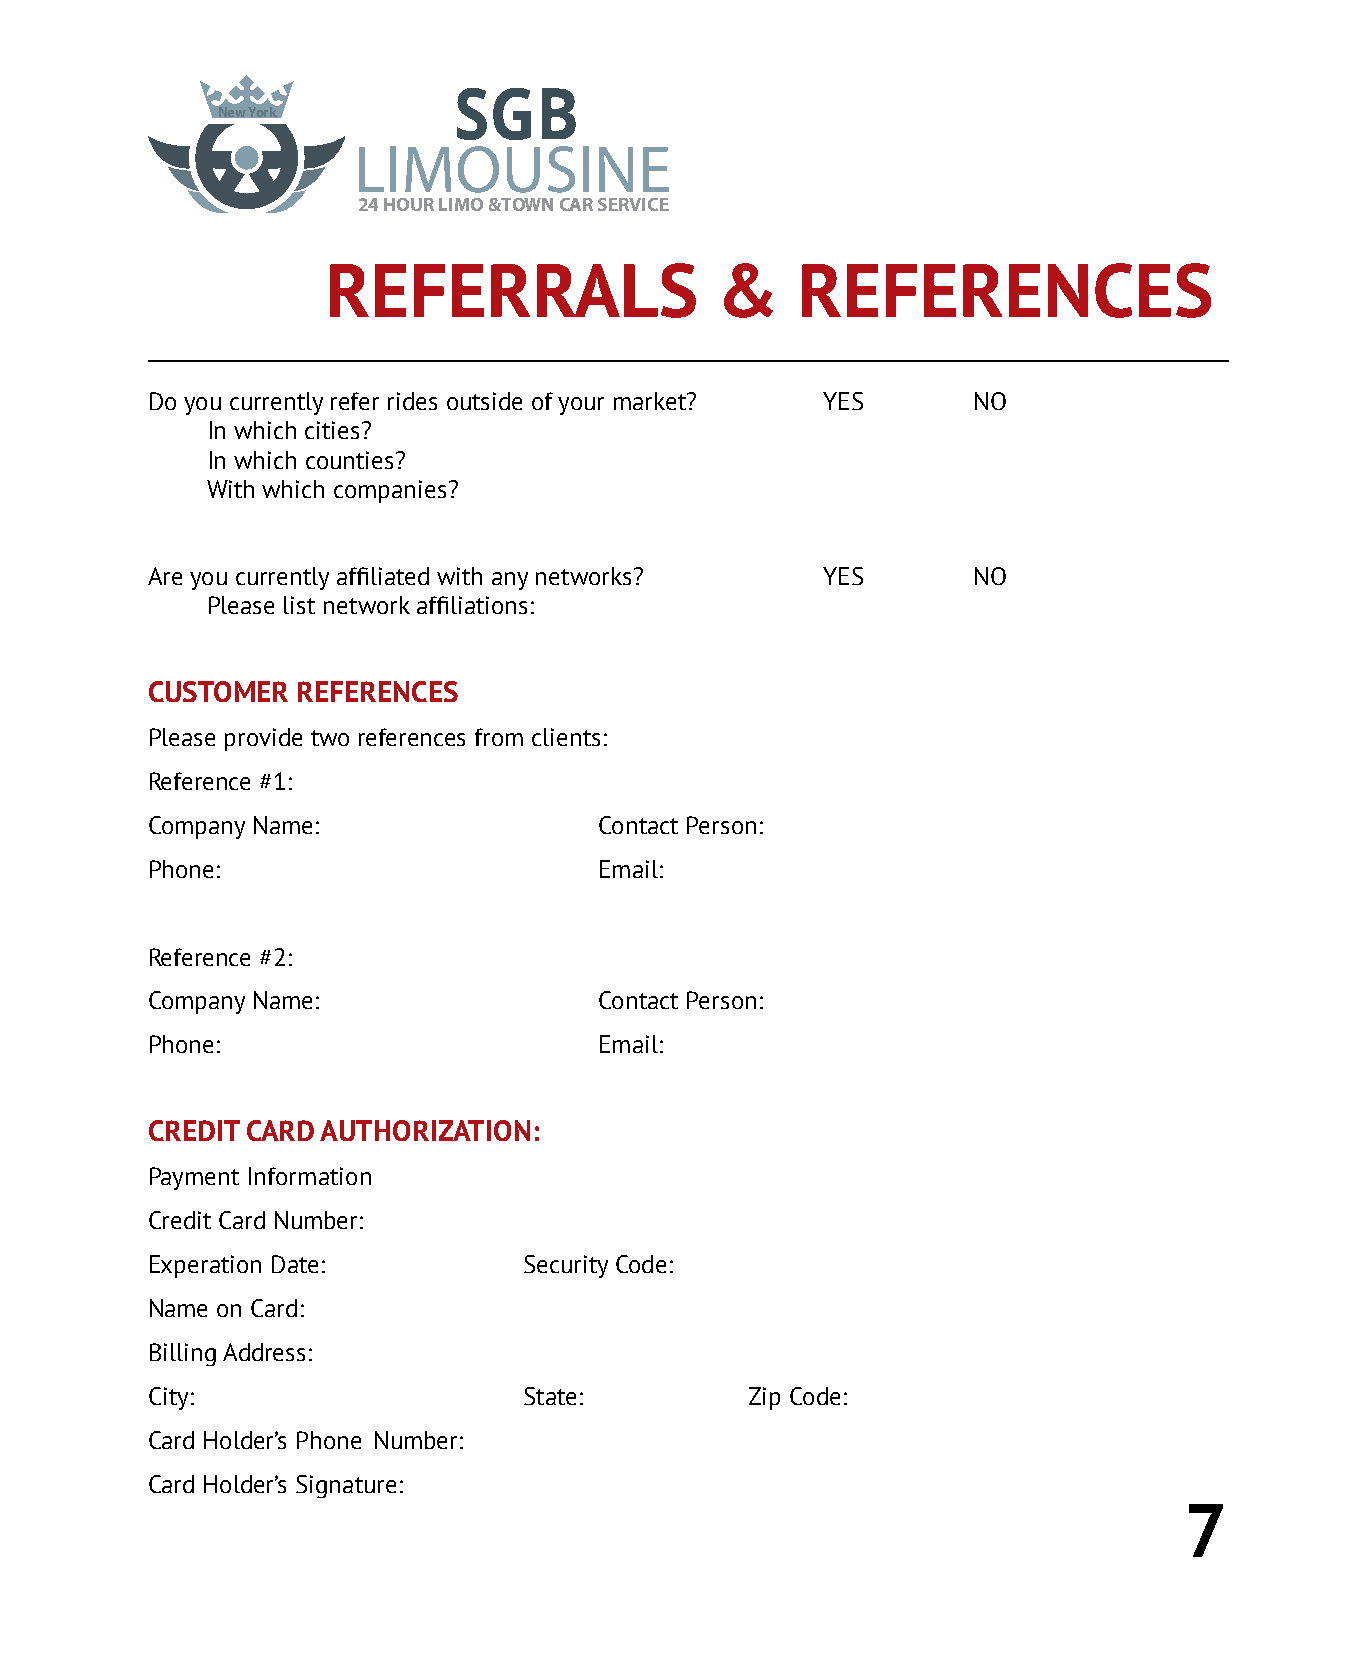
SGB
 New York
 LIMOUSINE
 24 HOUR LIMO &T OWN CAR SERVICE
 REFERRALS                &     REFERENCES
 Do you currently refer rides outside of your market? YES NO
 In which cities?
 In which counties?
 With which companies?
 Are you currently affiliated with any networks? YES   NO
 Please list network affiliations:
 CUSTOMER  REFERENCES
 Please provide two references from clients:
 Reference #1:
 Company Name:                 Contact Person:
 Phone:                        Email:
 Reference #2:
 Company Name:                 Contact Person:
 Phone:                        Email:
 CREDIT CARD AUTHORIZATION:
 Payment Information
 Credit Card Number:
 Experation Date:         Security Code:
 Name on Card:
 Billing Address:
 City:                    State:        Zip Code:
 Card Holder’s Phone Number:
 Card Holder’s Signature:
 7